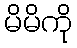
မိမိကို